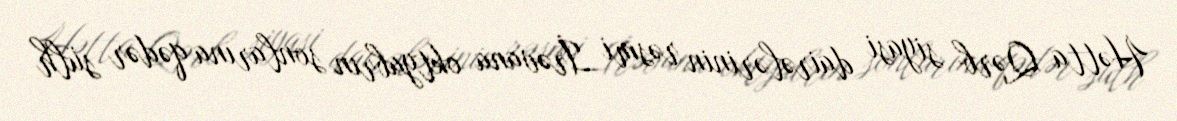
Hətta Qərb siyasi dairələrinin rəsmi İrəvana oktyabrın sonlarına qədər sülh